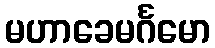
မဟာခေမင်္ဂမော